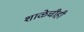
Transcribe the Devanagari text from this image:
शाळेचीही